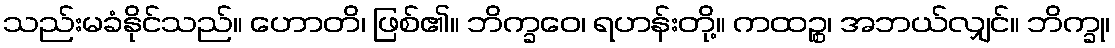
သည်းမခံနိုင်သည်။ ဟောတိ၊ ဖြစ်၏။ ဘိက္ခဝေ၊ ရဟန်းတို့။ ကထဉ္စ၊ အဘယ်လျှင်။ ဘိက္ခု၊